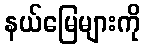
နယ်မြေများကို